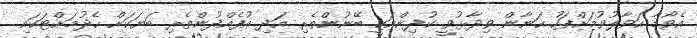
އެވޯޑާ ހަވާލުވުމަށްފަހު ހަނާން ވިދާޅުވީ ކުދިންނަކީ ބޭނުންތެރި އަދި އުފެއްދުންތެރި ބަޔަކަށް ހެދުމަށްޓަކައި